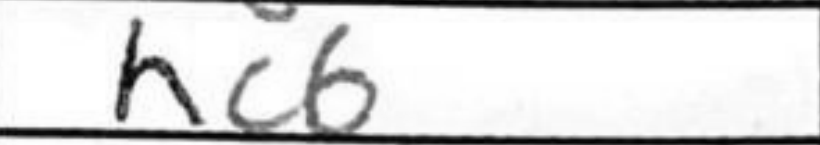
Transcription: hc6